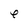
Character: e